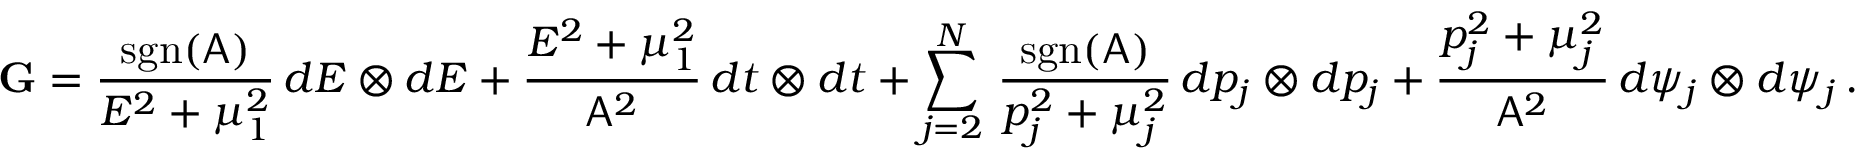
\mathbf { G } = \frac { \mathrm { s g n } ( \mathsf { A } ) } { E ^ { 2 } + \mu _ { 1 } ^ { 2 } } \, d E \otimes d E + \frac { E ^ { 2 } + \mu _ { 1 } ^ { 2 } } { \mathsf { A } ^ { 2 } } \, d t \otimes d t + \sum _ { j = 2 } ^ { N } \, \frac { \mathrm { s g n } ( \mathsf { A } ) } { p _ { j } ^ { 2 } + \mu _ { j } ^ { 2 } } \, d p _ { j } \otimes d p _ { j } + \frac { p _ { j } ^ { 2 } + \mu _ { j } ^ { 2 } } { \mathsf { A } ^ { 2 } } \, d \psi _ { j } \otimes d \psi _ { j } \, .